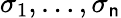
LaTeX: \sigma_{1},\ldots,\sigma_{\mathsf{n}}